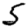
Digit: 5